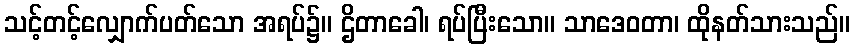
သင့်တင့်လျှောက်ပတ်သော အရပ်၌။ ဌိတာခေါ၊ ရပ်ပြီးသော။ သာဒေဝတာ၊ ထိုနတ်သားသည်။